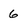
Character: 6